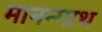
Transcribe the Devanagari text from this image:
मानन्गाथ